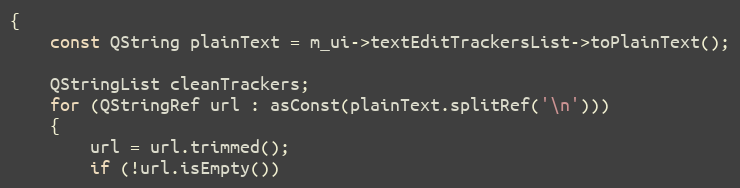
Language: C++
{
    const QString plainText = m_ui->textEditTrackersList->toPlainText();

    QStringList cleanTrackers;
    for (QStringRef url : asConst(plainText.splitRef('\n')))
    {
        url = url.trimmed();
        if (!url.isEmpty())